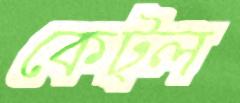
কেট্ল